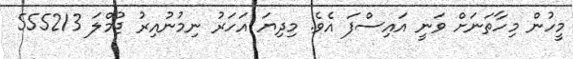
މީހުން މިހާތަނަށް ވަނީ އައިސްފަ އެވެ. މިދިޔަ އަހަރު ނިމުނުއިރު ޖުމްލަ 555213